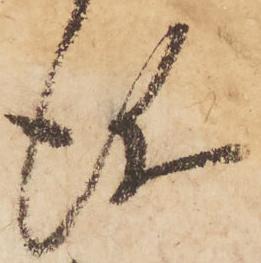
儀